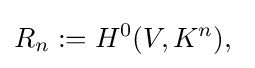
R_{n}:=H^{0}(V,K^{n}),\